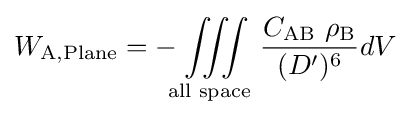
W_{\mathrm {A,Plane} }=-\iiint \limits _{\text{all space}}\,{\frac {C_{\mathrm {AB} }\ \rho _{\mathrm {B} }}{(D')^{6}}}dV